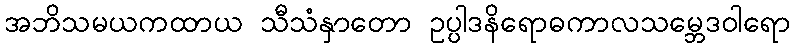
အဘိသမယကထာယ သီသံနှာတော ဥပ္ပါဒနိရောဓကာလသမ္ဘေဒဝါရော